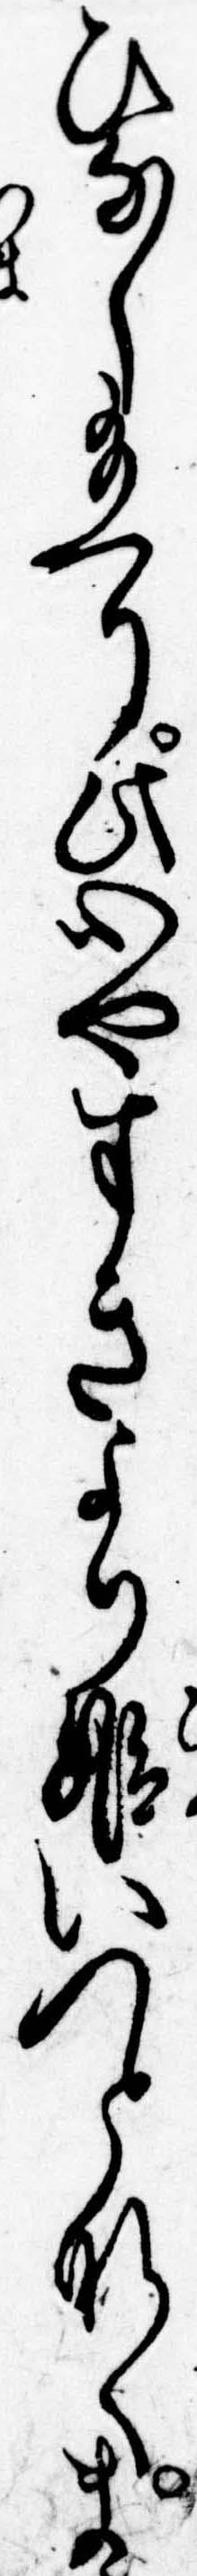
ひなし給へり此心やすきより姫いつとなくま